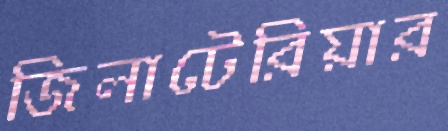
জিলাটেরিয়ার